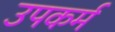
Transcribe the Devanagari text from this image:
उपकर्म